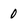
Character: 0